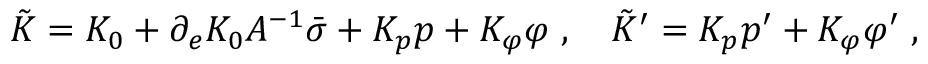
\tilde { K } = K _ { 0 } + \partial _ { e } K _ { 0 } A ^ { - 1 } \bar { \sigma } + K _ { p } p + K _ { \varphi } \varphi \; , \quad \tilde { K } ^ { \prime } = K _ { p } p ^ { \prime } + K _ { \varphi } \varphi ^ { \prime } \; ,